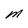
Character: M